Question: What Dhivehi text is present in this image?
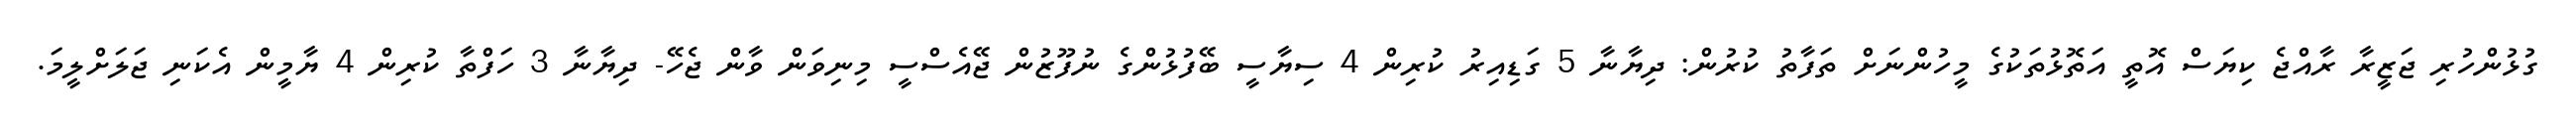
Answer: ގުޅުންހުރި ޖަޒީރާ ރާއްޖެ ކިޔަސް އޮތީ އަތޮޅުތަކުގެ މީހުންނަށް ތަފާތު ކުރުން: ދިޔާނާ 5 ގަޑިއިރު ކުރިން 4 ސިޔާސީ ބޭފުޅުންގެ ނުފޫޒުން ޖޭއެސްސީ މިނިވަން ވާން ޖެހޭ- ދިޔާނާ 3 ހަފްތާ ކުރިން 4 ޔާމީން އެކަނި ޖަލަށްލީމަ.